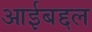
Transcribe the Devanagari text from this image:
आईबद्दल